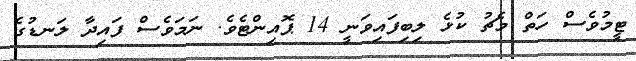
ޓީމުވެސް ހަތް މެޗު ކުޅެ ލިބިފައިވަނީ 14 ޕޮއިންޓެވެ. ނަމަވެސް ފައިދާ ލަނޑުގެ